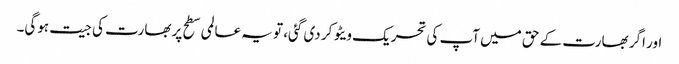
اور اگر بھارت کے حق میں آپ کی تحریک ویٹو کر دی گئی، تو یہ عالمی سطح پر بھارت کی جیت ہوگی۔